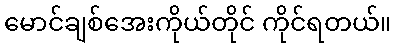
မောင်ချစ်အေးကိုယ်တိုင် ကိုင်ရတယ်။